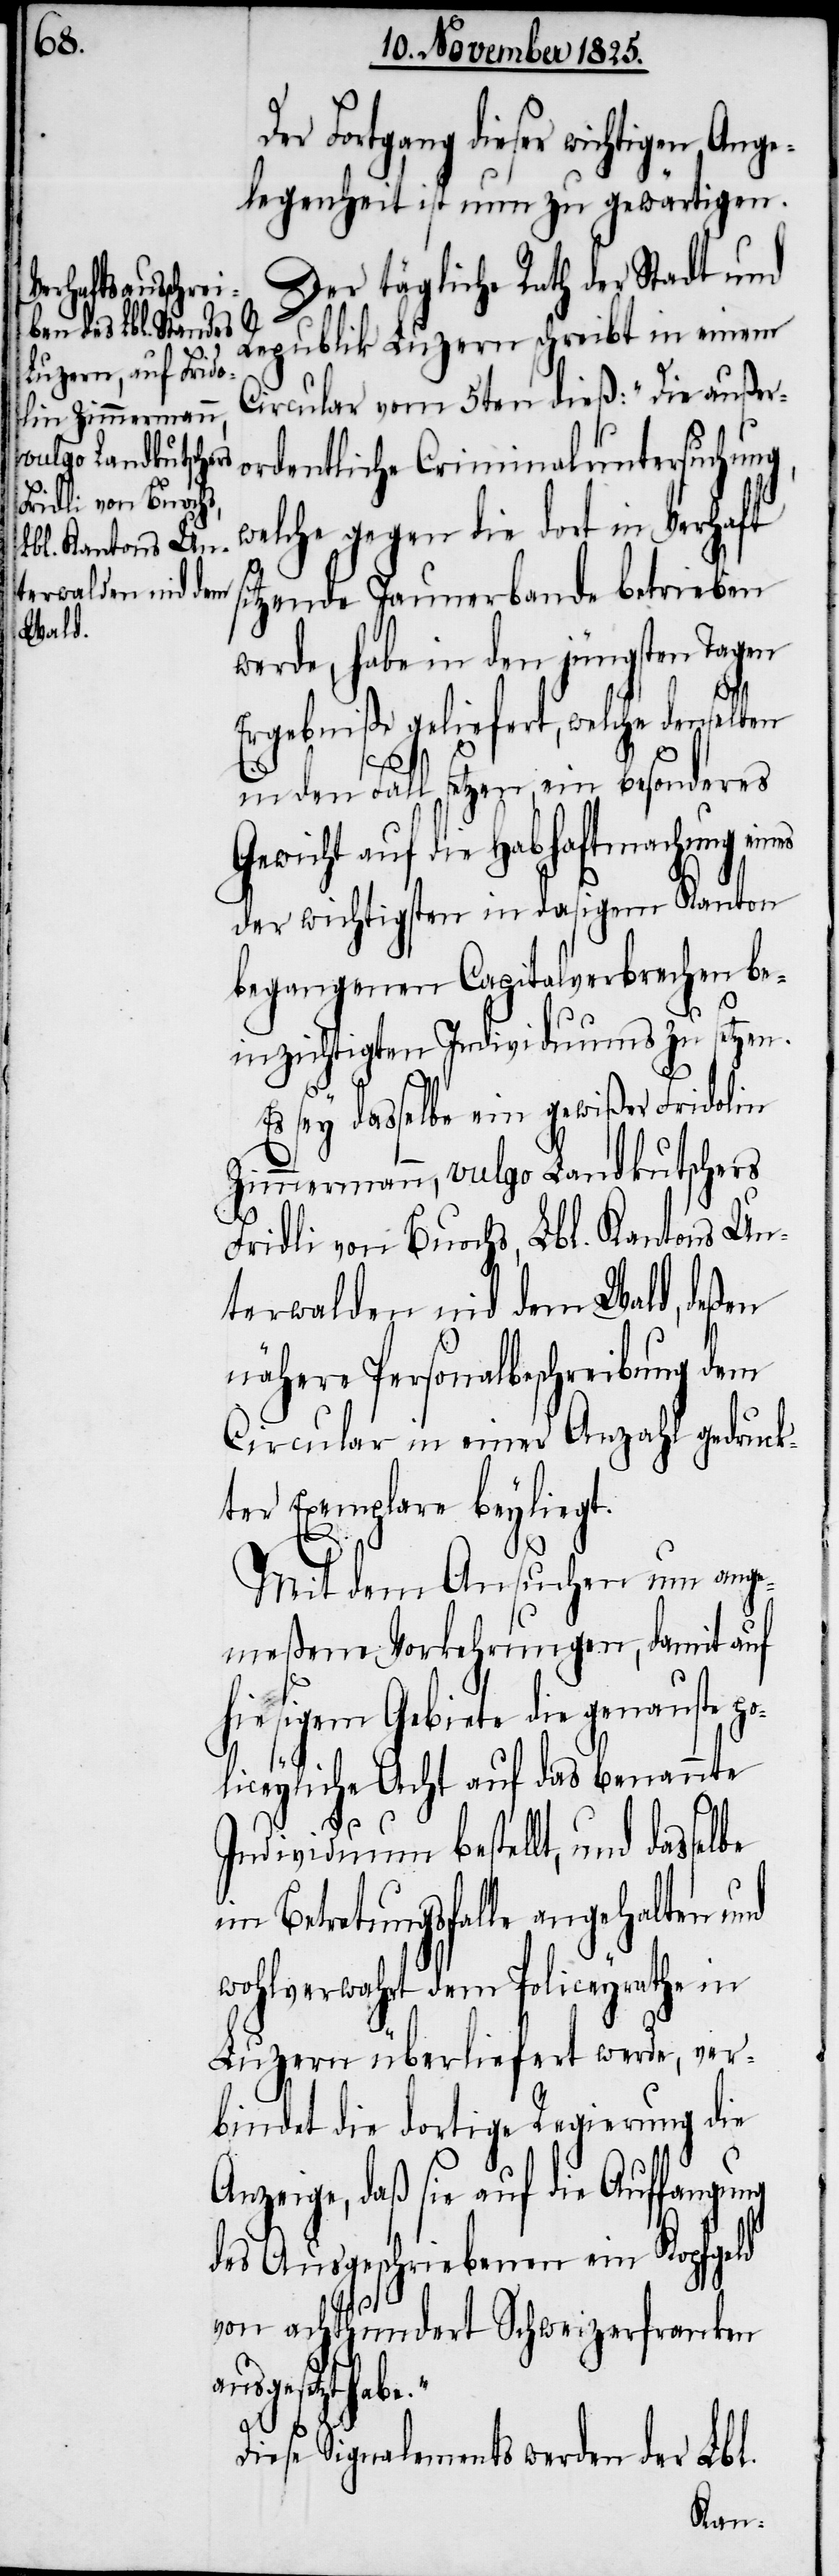
lbe

Der Fortgang dieser wichtigen Ange¬
legenheit ist nun zu gewärtigen.
Der tägliche Rath der Stadt und
Republik Luzern schreibt in einem
Circular vom 5ten dieß: „Die außer¬
ordentliche Criminaluntersuchung,
welche gegen die dort in Verhaft
sitzende Jaunerbande betrieben
werde, habe in den jüngsten Tagen
Ergebniße geliefert, welche denselben
in den Fall setzen, ein besonderes
Gewicht auf die Habhaftmachung ein¬
der wichtigsten in dasigem Kanton
begangenen Capitalverbrechen be¬
ng
zichtigten Individuums zu setzen.
Es sey dasselbe ein gewißer Fridolin
Zimmermann, vulgo Landkuschters
Fridli von Buochs, Lbl. Kantons Un¬
terwalden nid dem Wald, deßen
nähere Personalbeschreibung dem
Circular in einer Anzahl gedruck¬
ter Exemplare beyliegt.
Mit dem Ansuchen um ange¬
meßene Vorkehrungen, damit auf
hiesigem Gebiete die genauste
iceyliche Acht auf das benannte
Individuum bestellt, und dasse¬
im Betretungsfalle angehalten und
wohlverwahrt dem Policeyrathe in
Luzern überliefert werde, ver¬
bindet die dortige Regierung die
Anzeige, daß sie auf die Auffangu¬
des Ausgeschriebenen ein Kopfgeld
von achthundert Schweizerfranken
ausgesetzt
Diese Signalements werden der Lbl.